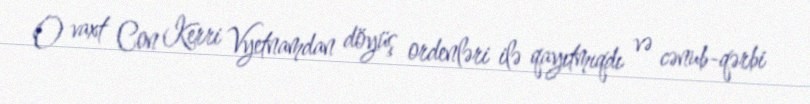
O vaxt Con Kerri Vyetnamdan döyüş ordenləri ilə qayıtmıqdı və cənub-qərbi